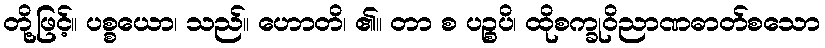
တို့ဖြင့်။ ပစ္စယော၊ သည်။ ဟောတိ၊ ၏။ တာ စ ပဉ္စပိ၊ ထိုစက္ခုဝိညာဏဓာတ်စသော